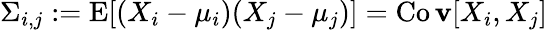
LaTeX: \Sigma_{i,j}:=\operatorname{E}[(X_{i}-\mu_{i})(X_{j}-\mu_{j})]=\operatorname{Co\mathbf{v}}[X_{i},X_{j}]